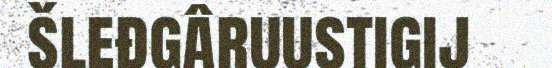
šleđgâruustigij